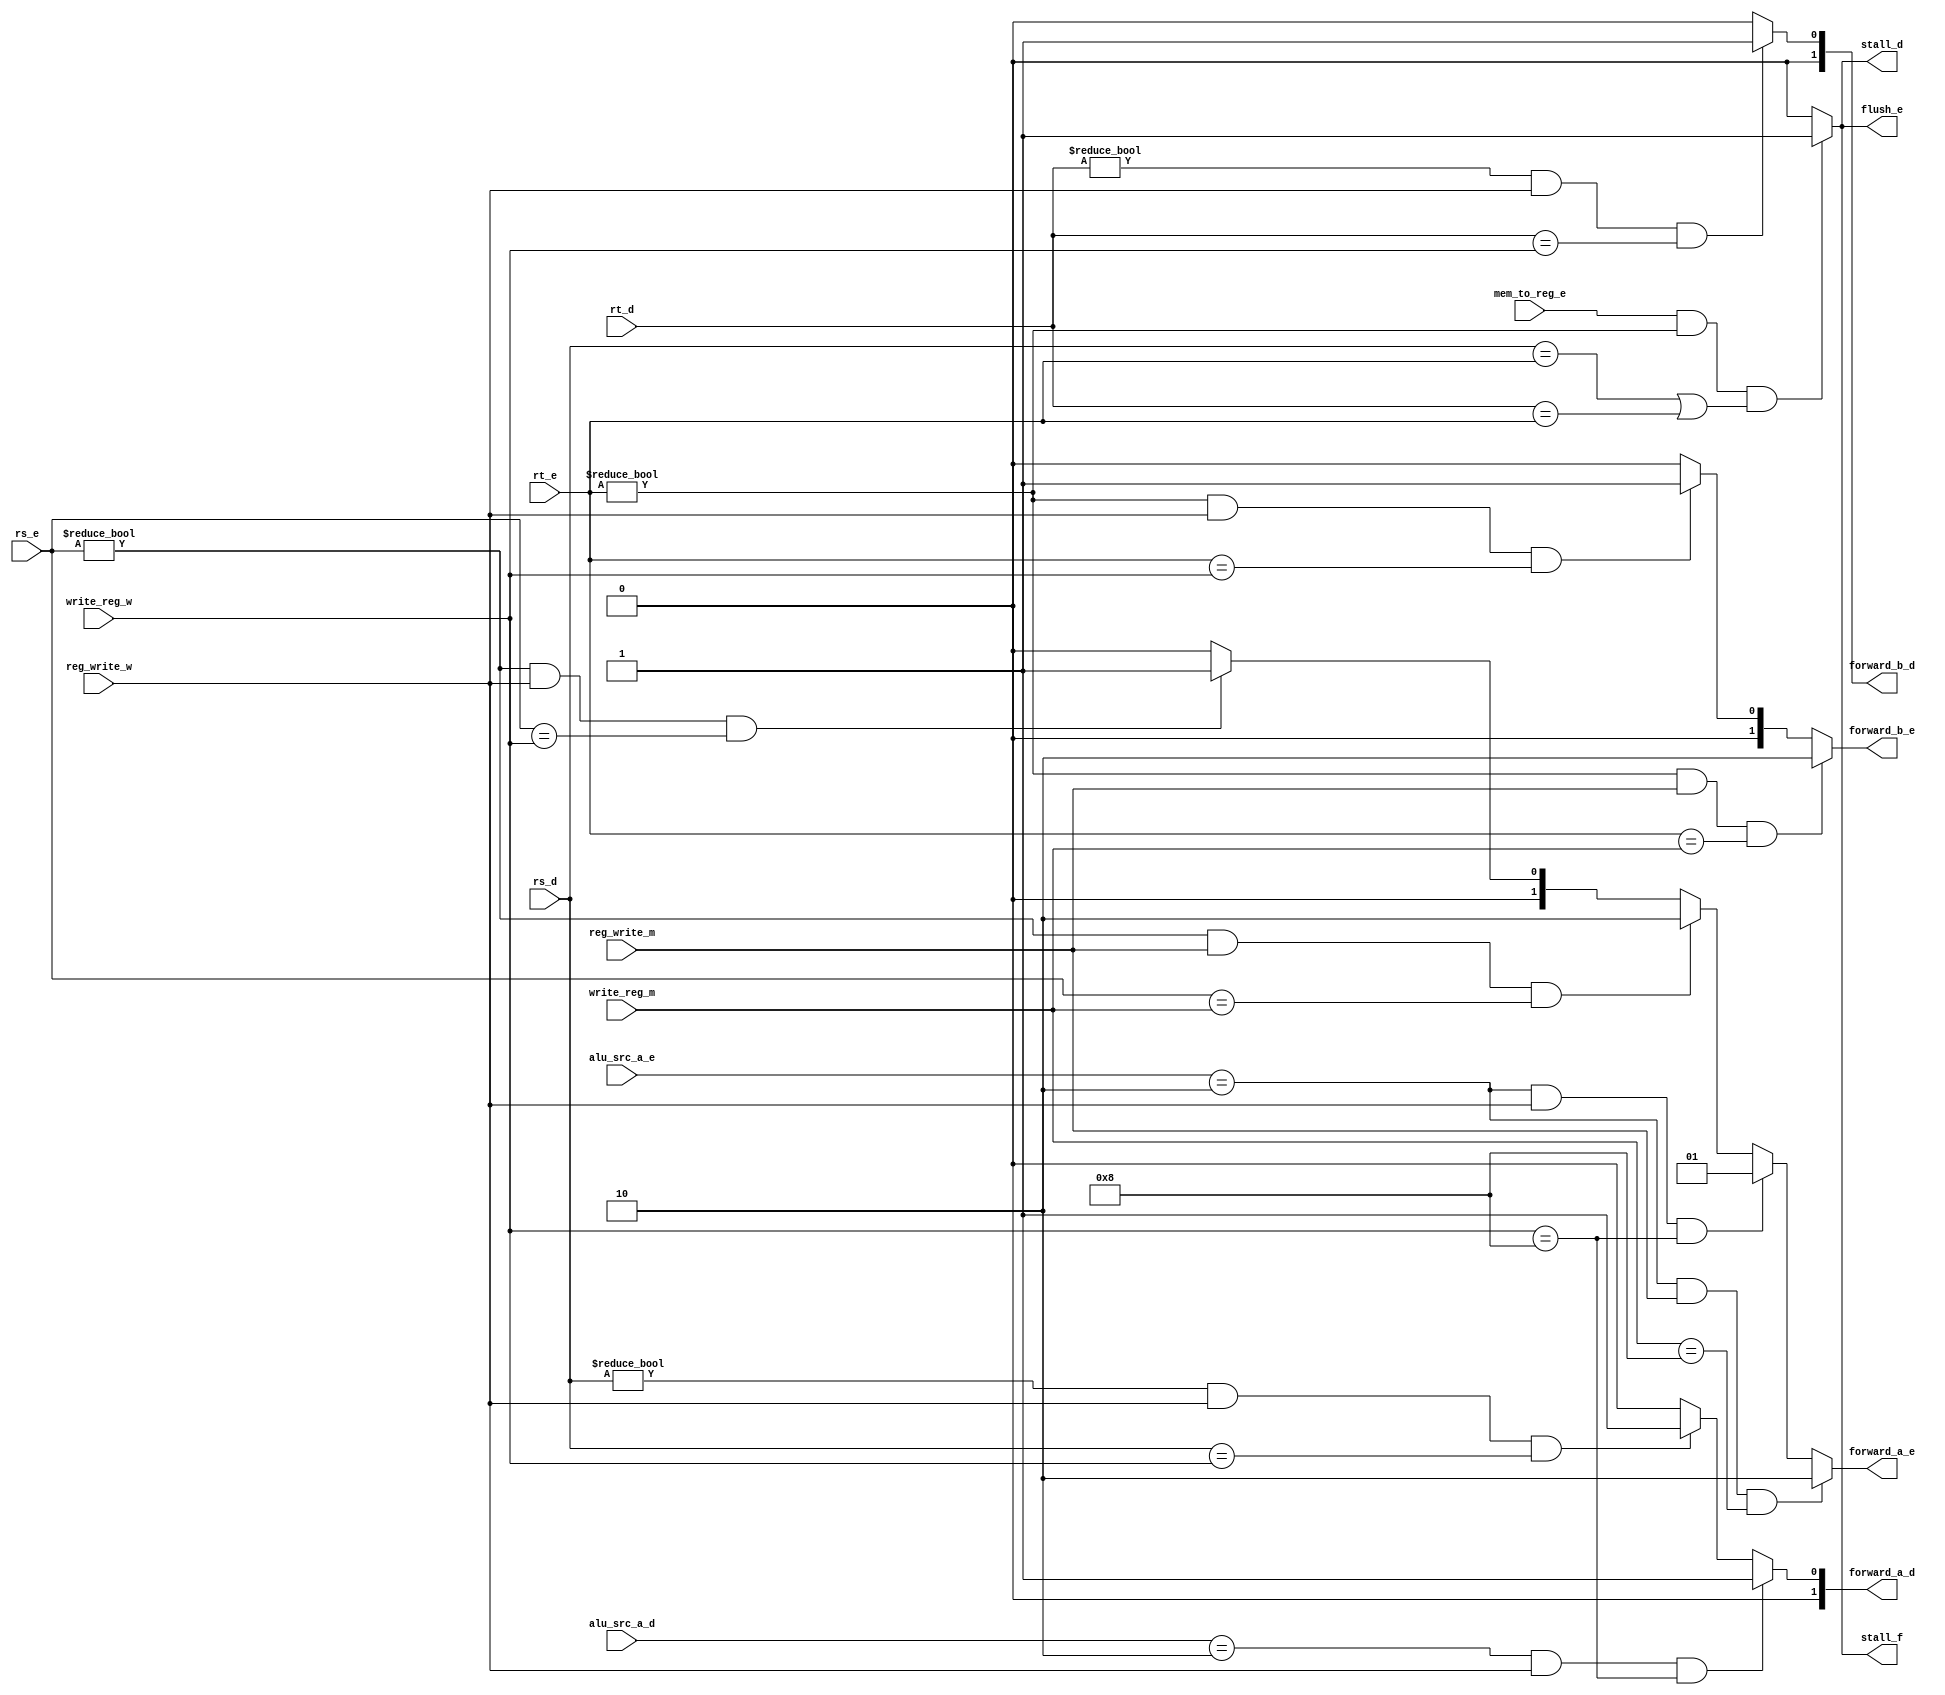
// This file is part of the umips project.
// Copyright (c) 2011 Ibrahim Abd Elkader <i.abdalkader@gmail.com> 
// See the file COPYING for copying permission.

module umips_hazard_unit (
    input wire [4:0] rs_e,
    input wire [4:0] rt_e,
    input wire [4:0] rs_d,
    input wire [4:0] rt_d,

	input wire reg_write_m,
	input wire reg_write_w,
	input wire mem_to_reg_e,

	input wire [4:0] write_reg_m, 
	input wire [4:0] write_reg_w, 

    input wire [1:0] alu_src_a_d, 
    input wire [1:0] alu_src_a_e,	

	output reg stall_f,
	output reg stall_d,
	output reg flush_e,

    output reg [1:0] forward_a_d,
    output reg [1:0] forward_b_d,
    output reg [1:0] forward_a_e,
    output reg [1:0] forward_b_e
);	
	always @(*) begin
    //Forward to decode stage
	if ((rs_d != 0) &&  (reg_write_w == 1) && (rs_d == write_reg_w)) 
		forward_a_d <= 2'b01;
	else 
		forward_a_d <= 2'b00;

    if ((rt_d != 0) &&  (reg_write_w == 1) && (rt_d == write_reg_w))
		forward_b_d <= 2'b01;
	else 
		forward_b_d <= 2'b00;
 
        //forward lo
  	if (alu_src_a_d == 2 &&  reg_write_w == 1 && write_reg_w == 5'b01000) 
		forward_a_d <= 2'b01;
        
    //Forward to execute stage
	if ((rs_e != 0) &&  (reg_write_m == 1) && (rs_e == write_reg_m)) 
		forward_a_e <= 2'b10;
	else if ((rs_e != 0) &&  (reg_write_w == 1) && (rs_e == write_reg_w)) 
		forward_a_e <= 2'b01;
	else 
		forward_a_e <= 2'b00;
		
	if ((rt_e != 0) &&  (reg_write_m == 1) && (rt_e == write_reg_m)) 
		forward_b_e <= 2'b10;
	else if ((rt_e != 0) &&  (reg_write_w == 1) && (rt_e == write_reg_w)) 
		forward_b_e <= 2'b01;
	else 
		forward_b_e <= 2'b00;						
     
    //forward lo
  	if (alu_src_a_e == 2 &&  reg_write_m == 1 && write_reg_m == 5'b01000) 
		forward_a_e <= 2'b10;
	else if (alu_src_a_e == 2 && reg_write_w == 1 && write_reg_w == 5'b01000) 
		forward_a_e <= 2'b01;
        
	//lw rt_e equals rs_d or rt_d
	if (mem_to_reg_e && rt_e != 0 && (rs_d == rt_e || rt_d == rt_e)) begin 
		stall_f <= 1;
		stall_d <= 1;
		flush_e <= 1;
    end	else begin
		stall_f <= 0;
		stall_d <= 0;
		flush_e <= 0;
	end
    
	end
endmodule